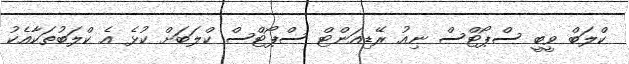
ކްލަބް ވީބީ ސްޕޯޓްސް ނިއު ރޭޑިއަންޓް ސްޕޯޓްސް ކްލަބަށް ކުޅެ އެ ކްލަބުތަކާއެކު